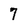
Character: 7